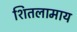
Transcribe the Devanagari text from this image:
शितलामाय